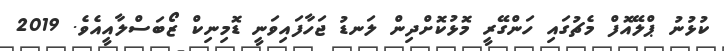
ކުޅުނު ޕްލޭއޮފް މެޗުގައި ހަންގޭރީ މޮޅުކޮށްދިން ލަނޑު ޖަހާފައިވަނީ ޑޮމިނިކް ޒޯބަސްލާއީއެވެ. 2019